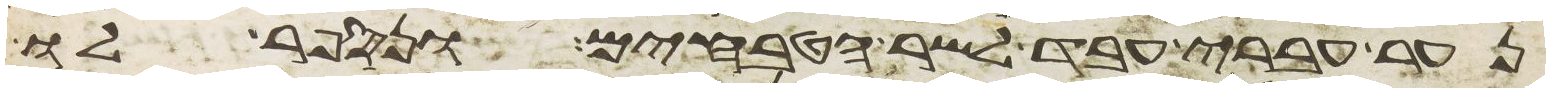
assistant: נער עברי עבד לשר הטבחים ונספר לו